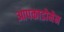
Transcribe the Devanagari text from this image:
आपकाडोमेन